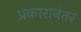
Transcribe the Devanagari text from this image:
प्रकारानंतर